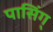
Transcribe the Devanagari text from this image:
पासिंग्